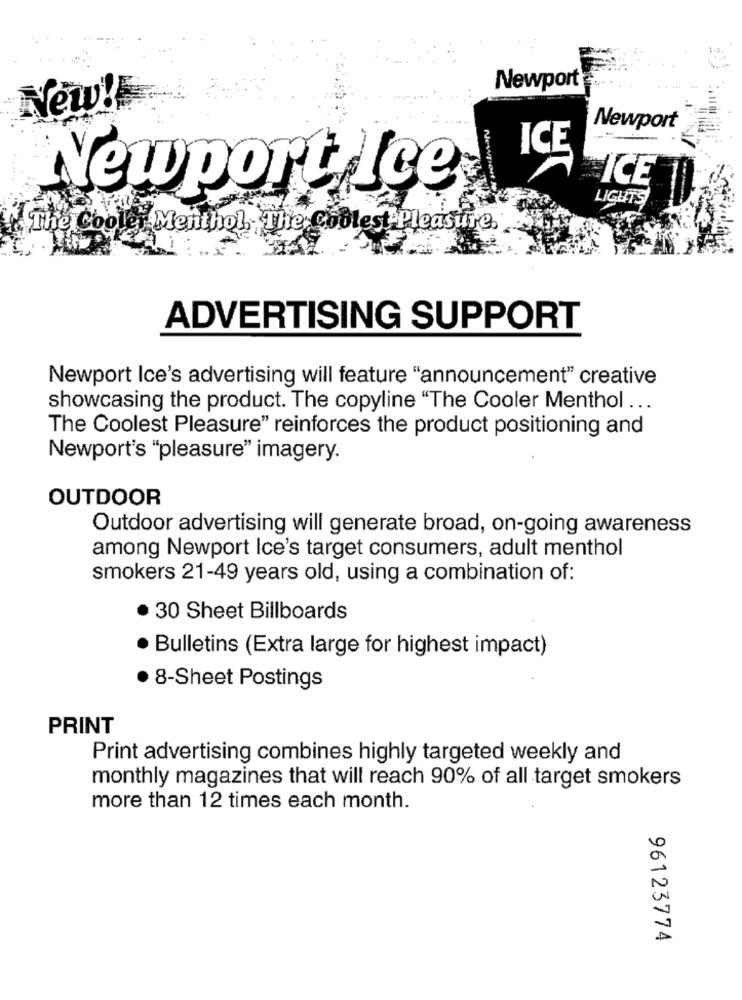
Newport
New!
Newport
ICE
esport Je
ICE
Newport Ice
LIGHTS
The Coole Menthol The Coolest Pleasure.
ADVERTISING SUPPORT
Newport Ice's advertising will feature "announcement" creative
showcasing the product. The copyline "The Cooler Menthol ...
The Coolest Pleasure" reinforces the product positioning and
Newport's "pleasure" imagery.
OUTDOOR
Outdoor advertising will generate broad, on-going awareness
among Newport Ice's target consumers, adult menthol
smokers 21-49 years old, using a combination of:
30 Sheet Billboards
· Bulletins (Extra large for highest impact)
8-Sheet Postings
PRINT
Print advertising combines highly targeted weekly and
monthly magazines that will reach 90% of all target smokers
more than 12 times each month.
96123774